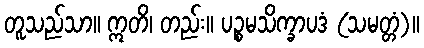
တူသည်သာ။ ဣတိ၊ တည်း။ ပဉ္စမသိက္ခာပဒံ (သမတ္တံ)။